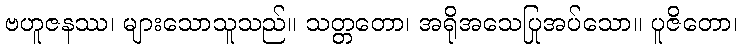
ဗဟူဇနဿ၊ များသောသူသည်။ သတ္တတော၊ အရိုအသေပြုအပ်သော။ ပူဇိတော၊